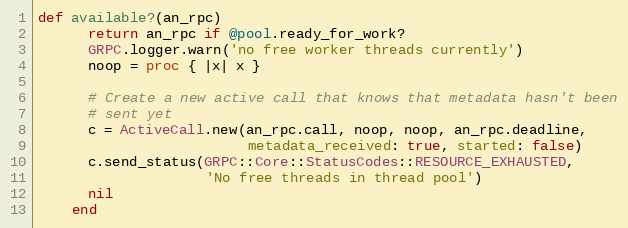
Language: Ruby
def available?(an_rpc)
      return an_rpc if @pool.ready_for_work?
      GRPC.logger.warn('no free worker threads currently')
      noop = proc { |x| x }

      # Create a new active call that knows that metadata hasn't been
      # sent yet
      c = ActiveCall.new(an_rpc.call, noop, noop, an_rpc.deadline,
                         metadata_received: true, started: false)
      c.send_status(GRPC::Core::StatusCodes::RESOURCE_EXHAUSTED,
                    'No free threads in thread pool')
      nil
    end